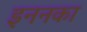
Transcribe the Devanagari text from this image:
इननका